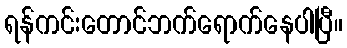
ရန်ကင်းတောင်ဘက်ရောက်နေပါပြီ။